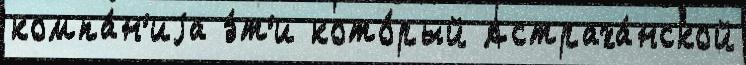
компа́н'иjа э́т'и кото́рый Астраха́нской